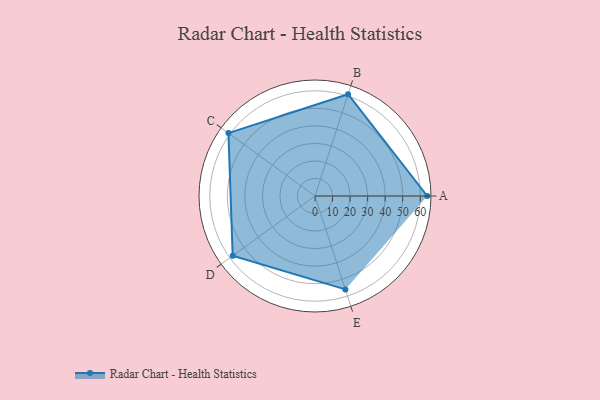
{"axis": {"x": "Skill", "y": "Score"}, "legend": ["Profile"], "data": [{"x": "A", "y": 64.0, "type": "Profile"}, {"x": "B", "y": 61.0, "type": "Profile"}, {"x": "C", "y": 61.0, "type": "Profile"}, {"x": "D", "y": 58.0, "type": "Profile"}, {"x": "E", "y": 56.0, "type": "Profile"}]}